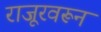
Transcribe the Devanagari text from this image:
राजूरवरून